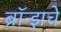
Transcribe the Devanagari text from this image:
ब्राॅन्झचे